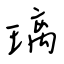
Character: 璃